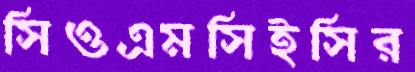
সিওএমসিইসির